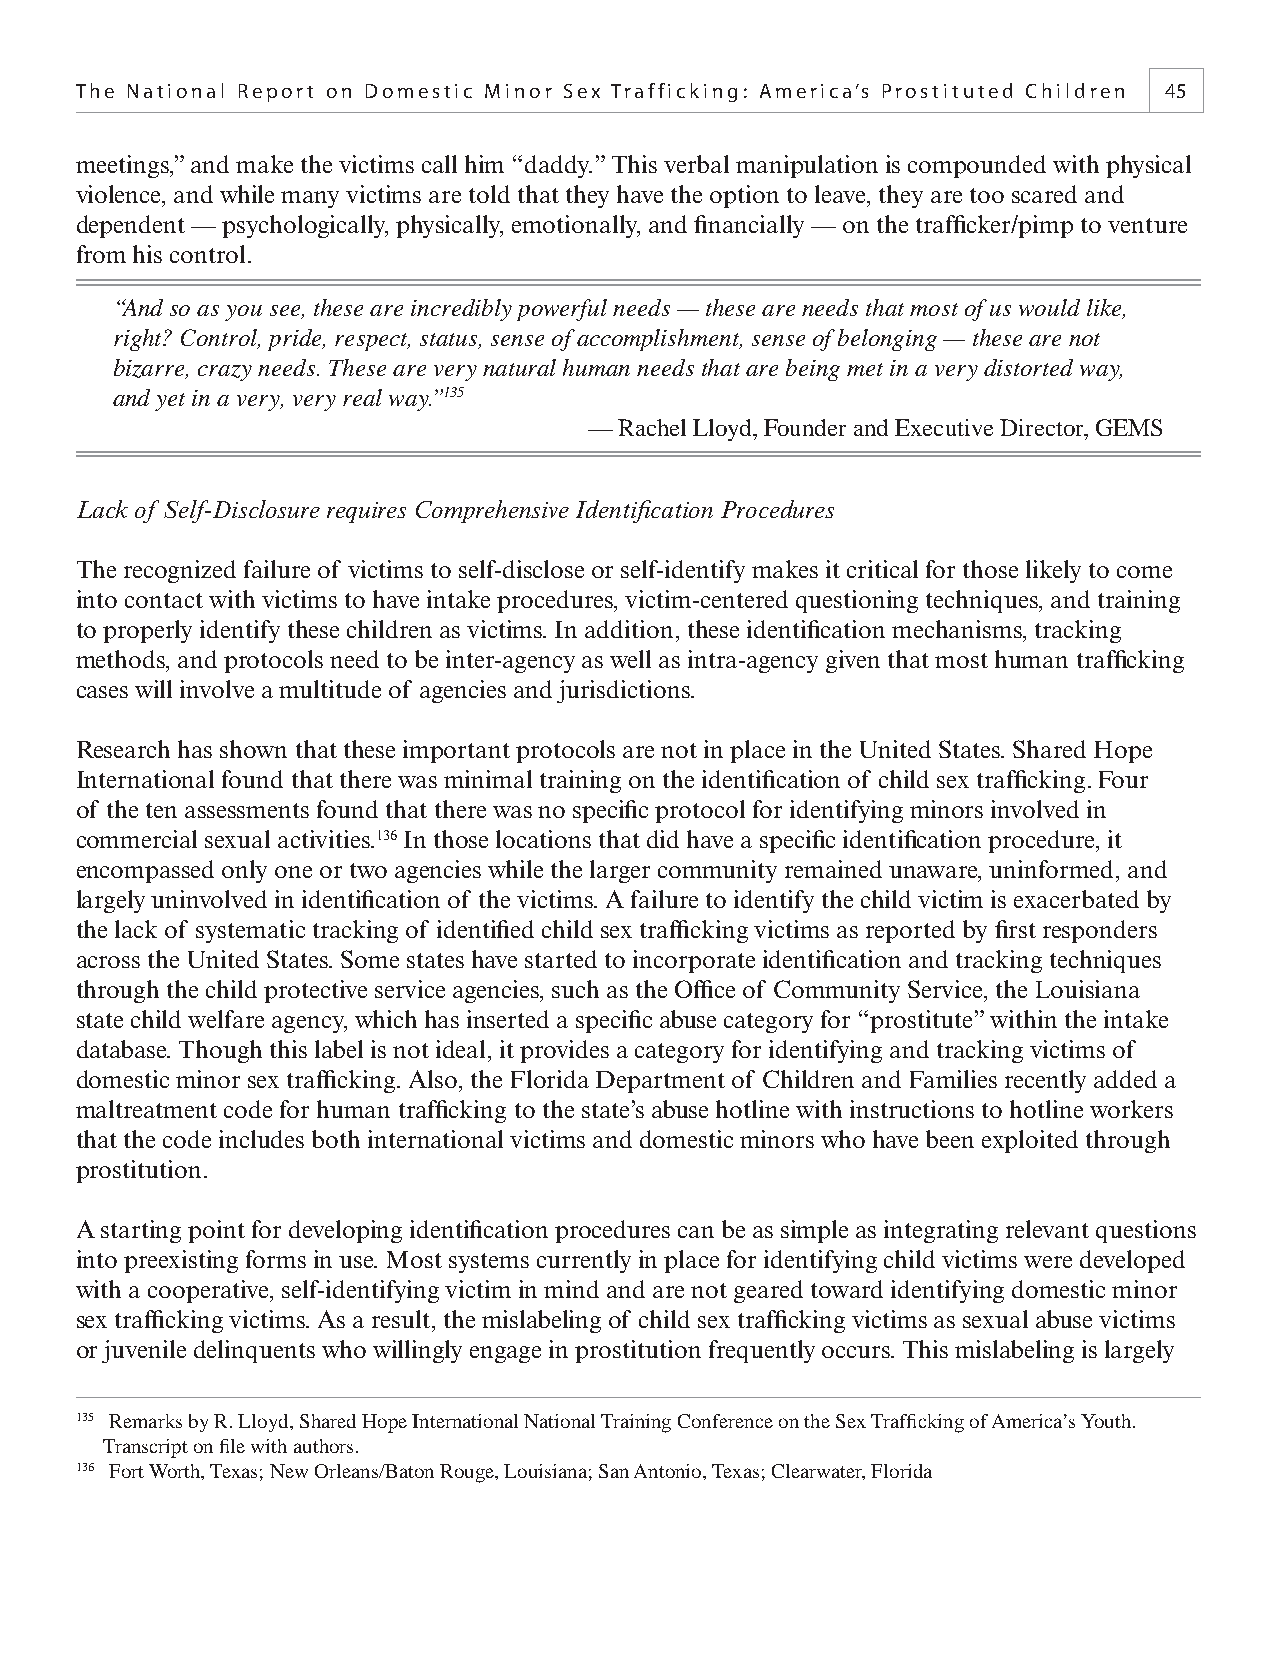
The National Report on Domestic Minor Sex Trafficking: America’s Prostituted Children 45
 meetings,” and make the victims call him “daddy.” This verbal manipulation is compounded with physical
 violence, and while many victims are told that they have the option to leave, they are too scared and
 dependent — psychologically, physically, emotionally, and fi nancially — on the traffi cker/pimp to venture
 from his control.
 “And so as you see, these are incredibly powerful needs — these are needs that most of us would like,
 right? Control, pride, respect, status, sense of accomplishment, sense of belonging — these are not
 bizarre, crazy needs. These are very natural human needs that are being met in a very distorted way,
 and yet in a very, very real way.”135
 — Rachel Lloyd, Founder and Executive Director, GEMS
 Lack of Self-Disclosure requires Comprehensive Identifi cation Procedures
 The recognized failure of victims to self-disclose or self-identify makes it critical for those likely to come
 into contact with victims to have intake procedures, victim-centered questioning techniques, and training
 to properly identify these children as victims. In addition, these identifi cation mechanisms, tracking
 methods, and protocols need to be inter-agency as well as intra-agency given that most human traffi cking
 cases will involve a multitude of agencies and jurisdictions.
 Research has shown that these important protocols are not in place in the United States. Shared Hope
 International found that there was minimal training on the identifi cation of child sex traffi cking.Four
 of the ten assessments found that there was no specifi c protocol for identifying minors involved in
 commercial sexual activities.136 In those locations that did have a specifi c identifi cation procedure, it
 encompassed only one or two agencies while the larger community remained unaware, uninformed, and
 largely uninvolved in identifi cation of the victims. A failure to identify the child victim is exacerbated by
 the lack of systematic tracking of identifi ed child sex traffi cking victims as reported by fi rst responders
 across the United States. Some states have started to incorporate identifi cation and tracking techniques
 through the child protective service agencies, such as the Offi ce of Community Service, the Louisiana
 state child welfare agency, which has inserted a specifi c abuse category for “prostitute” within the intake
 database. Though this label is not ideal, it provides a category for identifying and tracking victims of
 domestic minor sex traffi cking. Also, the Florida Department of Children and Families recently added a
 maltreatment code for human traffi cking to the state’s abuse hotline with instructions to hotline workers
 that the code includes both international victims and domestic minors who have been exploited through
 prostitution.
 A starting point for developing identifi cation procedures can be as simple as integrating relevant questions
 into preexisting forms in use. Most systems currently in place for identifying child victims were developed
 with a cooperative, self-identifying victim in mind and are not geared toward identifying domestic minor
 sex traffi cking victims. As a result, the mislabeling of child sex traffi cking victims as sexual abuse victims
 or juvenile delinquents who willingly engage in prostitution frequently occurs. This mislabeling is largely
 135 Remarks by R. Lloyd, Shared Hope International National Training Conference on the Sex Traffi cking of America’s Youth.
 Transcript on fi le with authors.
 136 Fort Worth, Texas; New Orleans/Baton Rouge, Louisiana; San Antonio, Texas; Clearwater, Florida